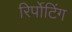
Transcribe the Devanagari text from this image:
रिर्पोटिंग